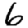
Digit: 6